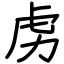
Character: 虏